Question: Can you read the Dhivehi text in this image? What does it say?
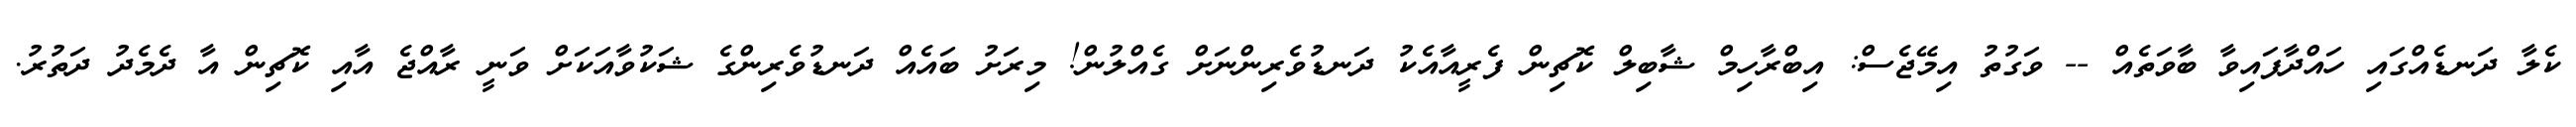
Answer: ކެލާ ދަނޑެއްގައި ހައްދާފައިވާ ބާވަތެއް -- ވަގުތު އިމޭޖެސް: އިބްރާހިމް ޝާބިލް ކޮޗިން ފެރީއާއެކު ދަނޑުވެރިންނަށް ގެއްލުން! މިރަށު ބައެއް ދަނޑުވެރިންގެ ޝަކުވާއަކަށް ވަނީ ރާއްޖެ އާއި ކޮޗިން އާ ދެމެދު ދަތުރު.